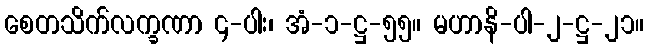
စေတသိက်လက္ခဏာ ၄-ပါး၊ အံ-၁-ဋ္ဌ-၅၅။ မဟာနိ-ပါ-၂-ဋ္ဌ-၂၁။